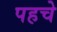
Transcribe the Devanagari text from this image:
पहचे